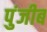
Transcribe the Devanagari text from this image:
पुंजीब